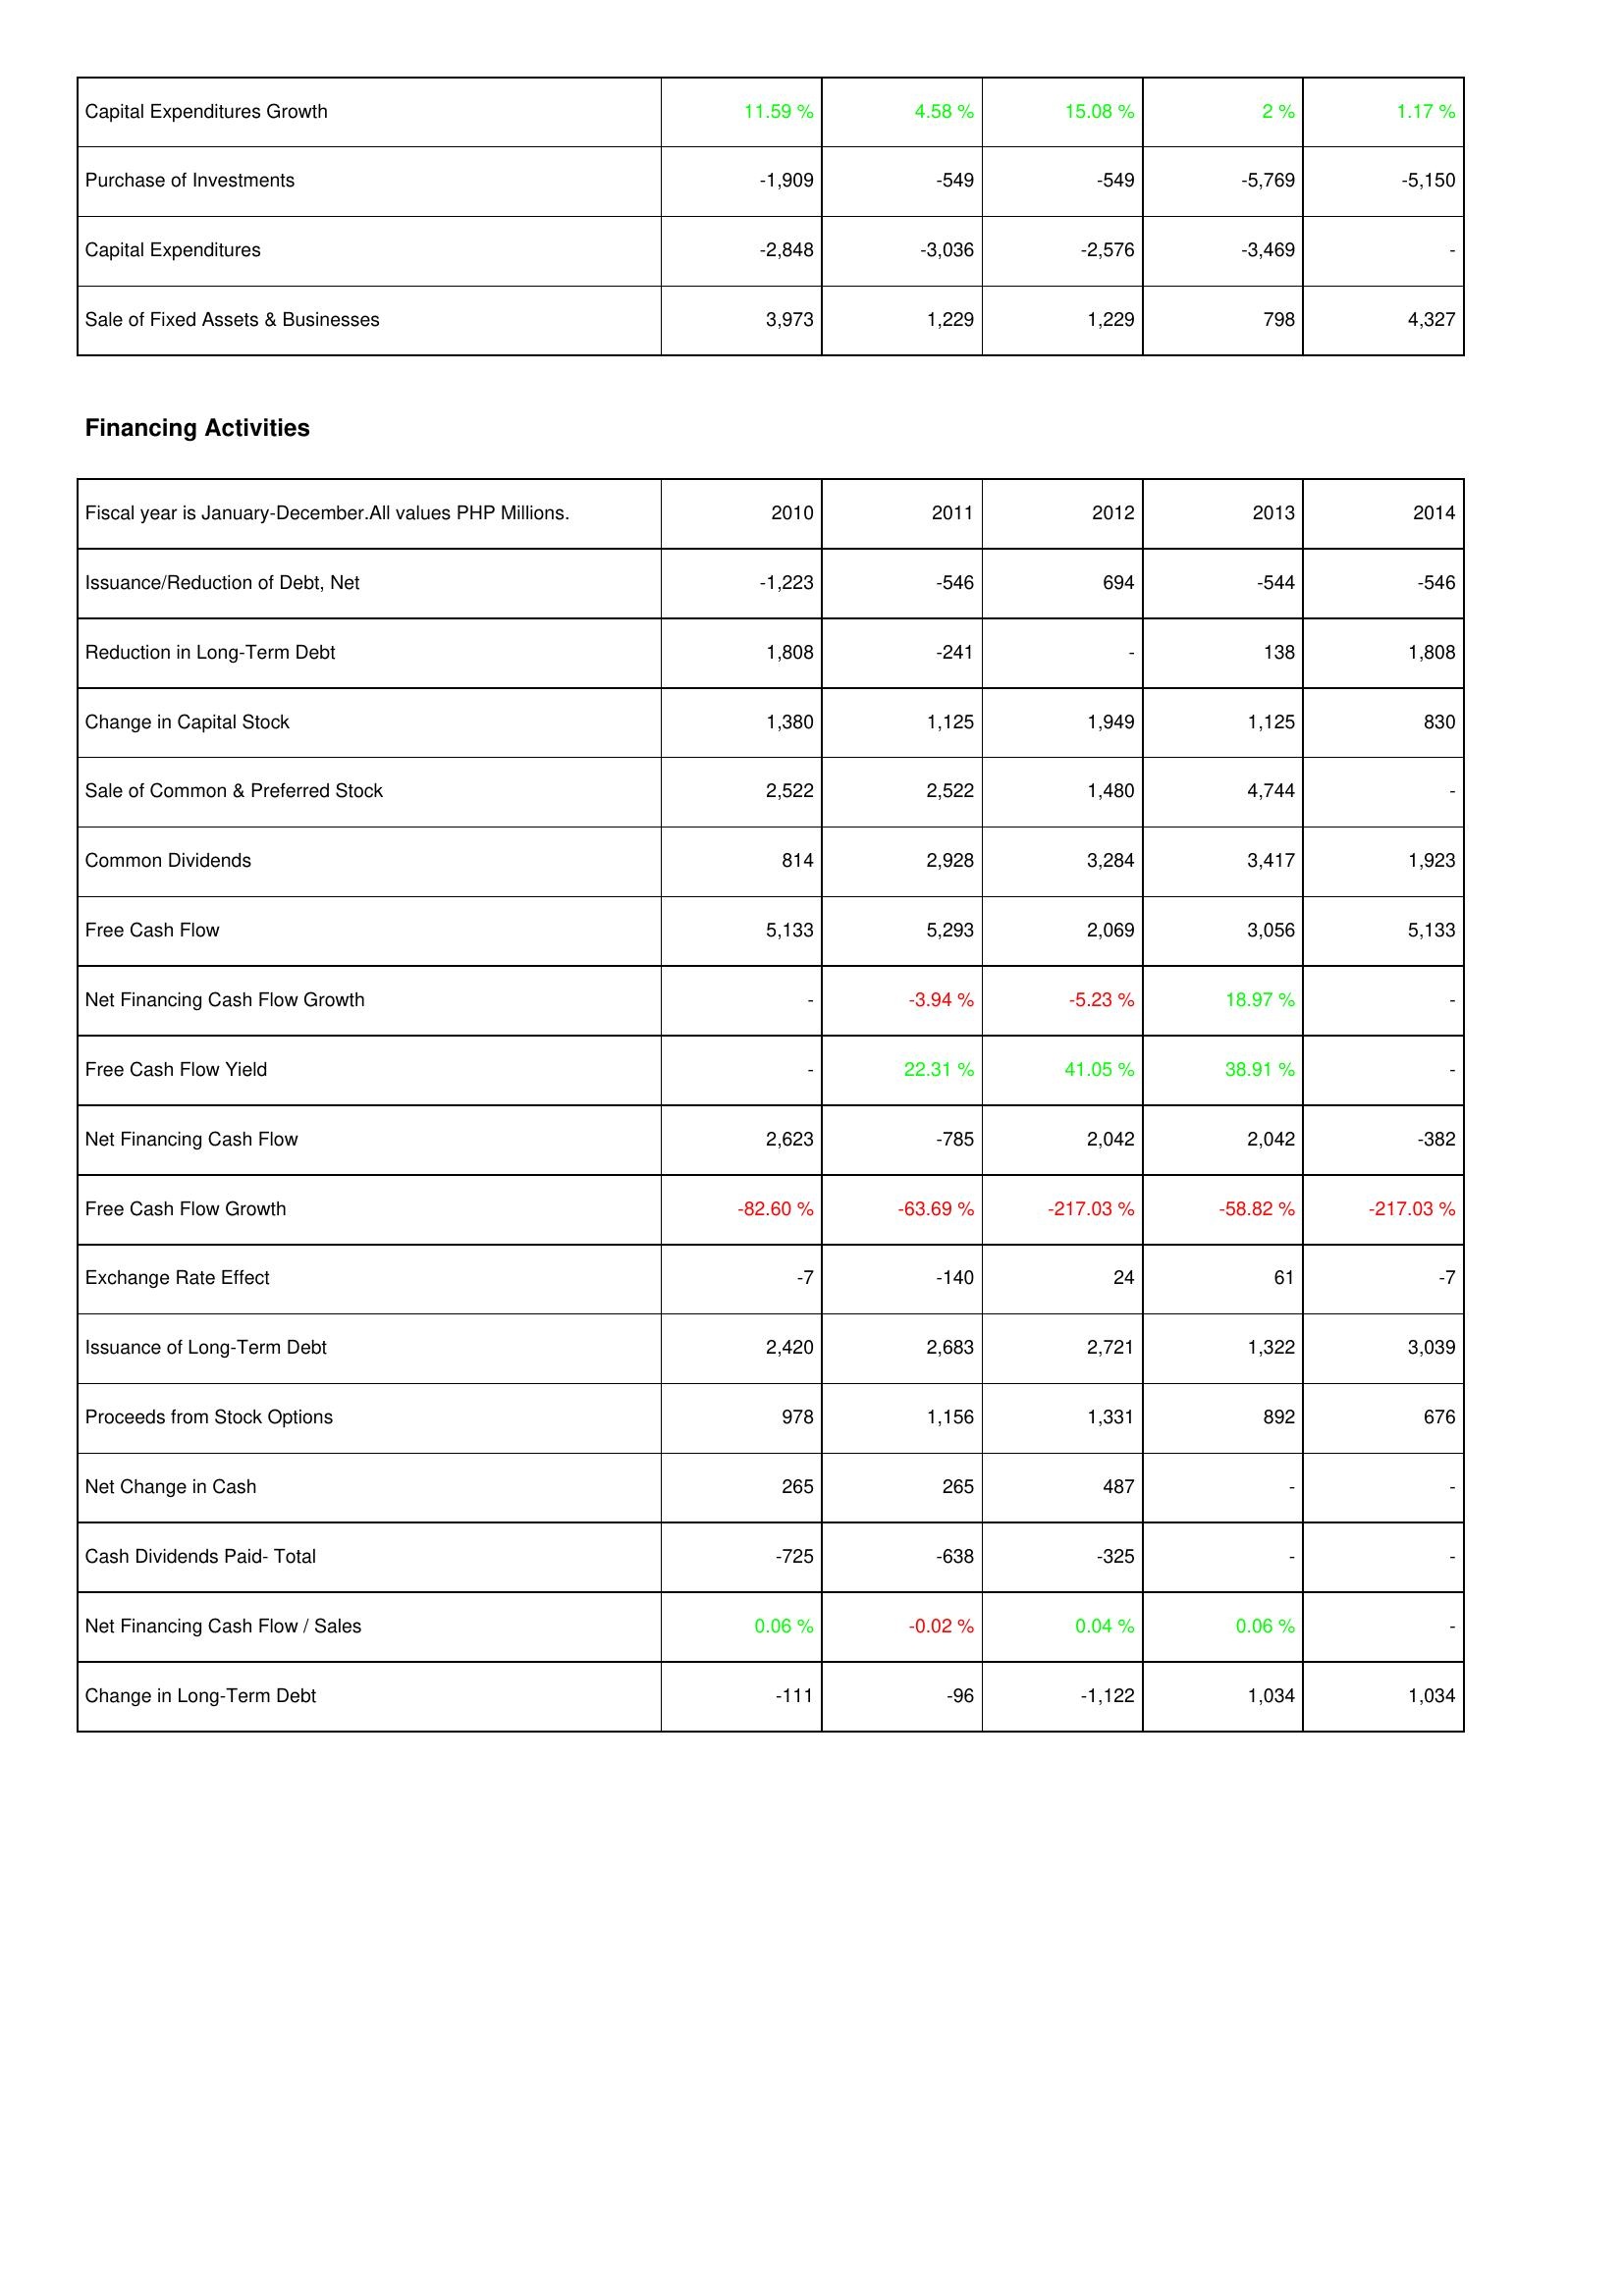
2010: Investing Activities: Capital Expenditures Growth: 11.59 %
Purchase of Investments: -1,909
Capital Expenditures: -2,848
Sale of Fixed Assets & Businesses: 3,973
Financing Activities: Issuance/Reduction of Debt, Net: -1,223
Reduction in Long-Term Debt: 1,808
Change in Capital Stock: 1,380
Sale of Common & Preferred Stock: 2,522
Common Dividends: 814
Free Cash Flow: 5,133
Net Financing Cash Flow Growth: -
Free Cash Flow Yield: -
Net Financing Cash Flow: 2,623
Free Cash Flow Growth: -82.60 %
Exchange Rate Effect: -7
Issuance of Long-Term Debt: 2,420
Proceeds from Stock Options: 978
Net Change in Cash: 265
Cash Dividends Paid- Total: -725
Net Financing Cash Flow / Sales: 0.06 %
Change in Long-Term Debt: -111
2011: Investing Activities: Capital Expenditures Growth: 4.58 %
Purchase of Investments: -549
Capital Expenditures: -3,036
Sale of Fixed Assets & Businesses: 1,229
Financing Activities: Issuance/Reduction of Debt, Net: -546
Reduction in Long-Term Debt: -241
Change in Capital Stock: 1,125
Sale of Common & Preferred Stock: 2,522
Common Dividends: 2,928
Free Cash Flow: 5,293
Net Financing Cash Flow Growth: -3.94 %
Free Cash Flow Yield: 22.31 %
Net Financing Cash Flow: -785
Free Cash Flow Growth: -63.69 %
Exchange Rate Effect: -140
Issuance of Long-Term Debt: 2,683
Proceeds from Stock Options: 1,156
Net Change in Cash: 265
Cash Dividends Paid- Total: -638
Net Financing Cash Flow / Sales: -0.02 %
Change in Long-Term Debt: -96
2012: Investing Activities: Capital Expenditures Growth: 15.08 %
Purchase of Investments: -549
Capital Expenditures: -2,576
Sale of Fixed Assets & Businesses: 1,229
Financing Activities: Issuance/Reduction of Debt, Net: 694
Reduction in Long-Term Debt: -
Change in Capital Stock: 1,949
Sale of Common & Preferred Stock: 1,480
Common Dividends: 3,284
Free Cash Flow: 2,069
Net Financing Cash Flow Growth: -5.23 %
Free Cash Flow Yield: 41.05 %
Net Financing Cash Flow: 2,042
Free Cash Flow Growth: -217.03 %
Exchange Rate Effect: 24
Issuance of Long-Term Debt: 2,721
Proceeds from Stock Options: 1,331
Net Change in Cash: 487
Cash Dividends Paid- Total: -325
Net Financing Cash Flow / Sales: 0.04 %
Change in Long-Term Debt: -1,122
2013: Investing Activities: Capital Expenditures Growth: 2 %
Purchase of Investments: -5,769
Capital Expenditures: -3,469
Sale of Fixed Assets & Businesses: 798
Financing Activities: Issuance/Reduction of Debt, Net: -544
Reduction in Long-Term Debt: 138
Change in Capital Stock: 1,125
Sale of Common & Preferred Stock: 4,744
Common Dividends: 3,417
Free Cash Flow: 3,056
Net Financing Cash Flow Growth: 18.97 %
Free Cash Flow Yield: 38.91 %
Net Financing Cash Flow: 2,042
Free Cash Flow Growth: -58.82 %
Exchange Rate Effect: 61
Issuance of Long-Term Debt: 1,322
Proceeds from Stock Options: 892
Net Change in Cash: -
Cash Dividends Paid- Total: -
Net Financing Cash Flow / Sales: 0.06 %
Change in Long-Term Debt: 1,034
2014: Investing Activities: Capital Expenditures Growth: 1.17 %
Purchase of Investments: -5,150
Capital Expenditures: -
Sale of Fixed Assets & Businesses: 4,327
Financing Activities: Issuance/Reduction of Debt, Net: -546
Reduction in Long-Term Debt: 1,808
Change in Capital Stock: 830
Sale of Common & Preferred Stock: -
Common Dividends: 1,923
Free Cash Flow: 5,133
Net Financing Cash Flow Growth: -
Free Cash Flow Yield: -
Net Financing Cash Flow: -382
Free Cash Flow Growth: -217.03 %
Exchange Rate Effect: -7
Issuance of Long-Term Debt: 3,039
Proceeds from Stock Options: 676
Net Change in Cash: -
Cash Dividends Paid- Total: -
Net Financing Cash Flow / Sales: -
Change in Long-Term Debt: 1,034